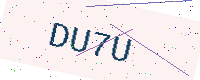
Text: DU7U